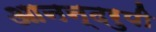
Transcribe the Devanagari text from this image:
आनन्दरुपी